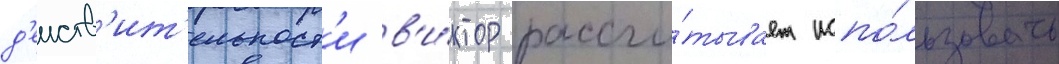
д'еиств'ит'ельност'и в'и́ктор рассчи́тывает испо́льзовать